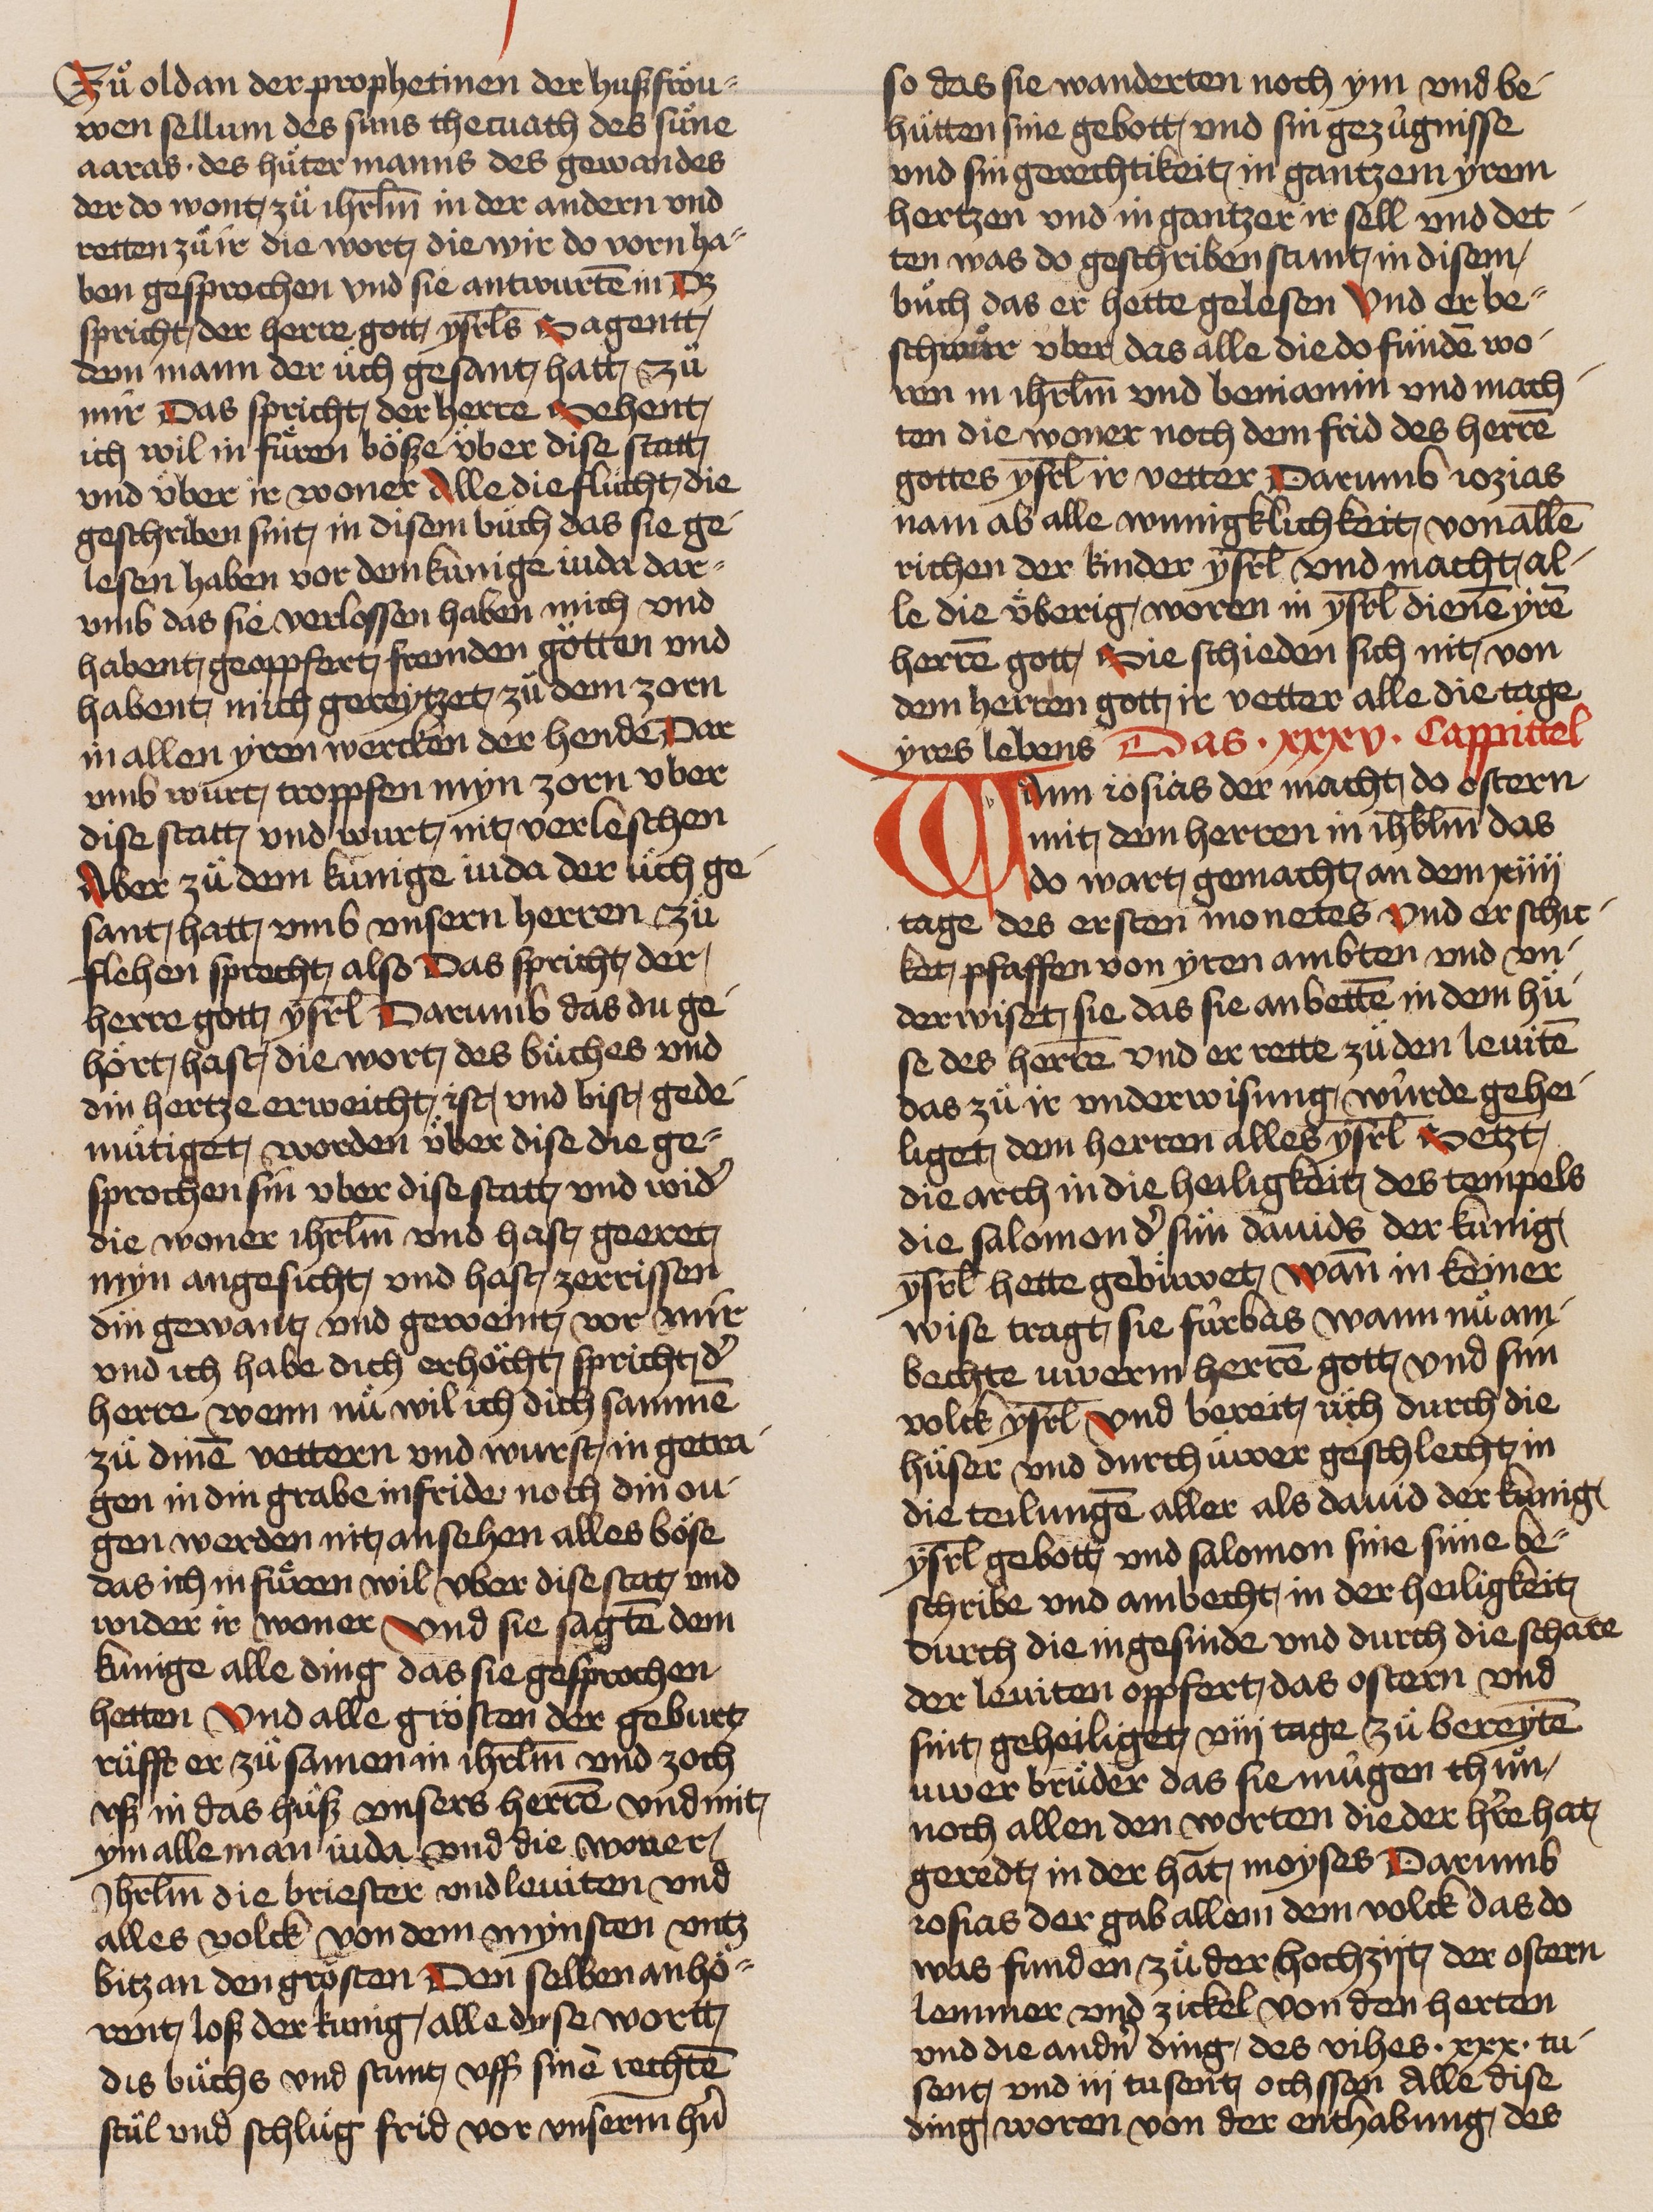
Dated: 1466–1499